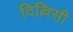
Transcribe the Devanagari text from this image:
दिल्लिसी